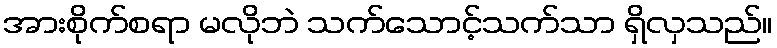
အားစိုက်စရာ မလိုဘဲ သက်သောင့်သက်သာ ရှိလှသည်။